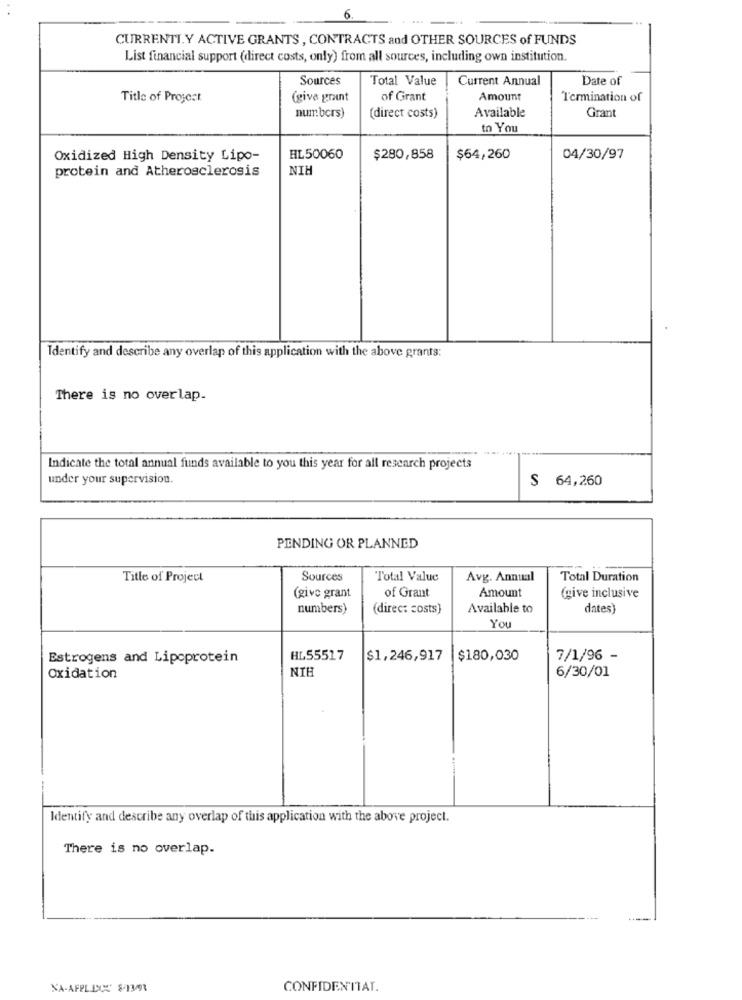
6
CURRENTI.Y ACTIVE GRANTS , CONTRACTS and OTHER SOURCES of FUNDS
List financial support (direct costs, only) from all sources, including own institution.
Sources
Total Value
Current Annual
Date of
Title of Project
(give grant
of Grant
Amount
Termination of
Available
Grant
numbers)
(direct costs)
to You
Oxidized High Density Lipo-
HL50060
$280,858
$64,260
04/30/97
protein and Atherosclerosis
NIH
Identify and describe any overlap of this application with the above grants:
There is no overlap.
Indicate the total annual funds available to you this year for all research projects
under your supervision.
S 64,260
PENDING OR PLANNED
Title of Project
Sources
Total Value
Avg. Annual
Total Duration
of Grant
Amount
(give grant
(give inclusive
numbers)
(direct costs}
Available to
dates)
You
Estrogens and Lipoprotein
HL55517
$1,246,917
$180,030
7/1/96 -
NIH
Oxidation
6/30/01
Identify and describe any overlap of this application with the above project.
There is no overlap.
NA-AFPLOUC 893/3
CONFIDENTIAT.